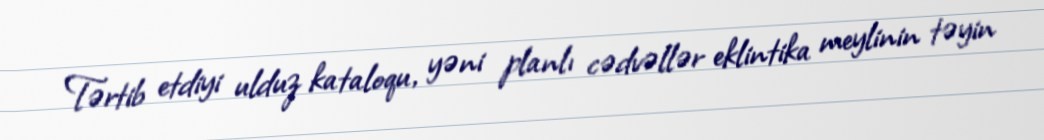
Tərtib etdiyi ulduz kataloqu, yəni planlı cədvəllər eklintika meylinin təyin